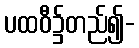
ပထဝီ၌တည်၍-